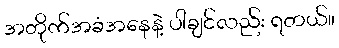
အတိုက်အခံအနေနဲ့ ပါချင်လည်း ရတယ်။